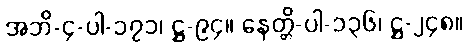
အဘိ-၄-ပါ-၁၇၁၊ ဋ္ဌ-၉၄။ နေတ္တိ-ပါ-၁၃၆၊ ဋ္ဌ-၂၄၈။